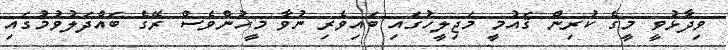
ވިދާޅުވީ މީގެ ކުރިން ޤައުމީ މަޖިލީހުގައި ބައިވެރި ނުވާ މީހުންވެސް ރޭގެ ބައްދަލުވުމުގައި